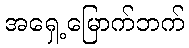
အရှေ့မြောက်ဘက်